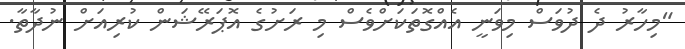
"މިހާރު ދެ ދުވަސް މިވަނީ އެއްގޮތަކަށްވެސް މި ރަށުގެ އޮޕަރޭޝަން ކުރިއަށް ނުދާތާ.